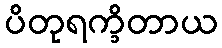
ပိတုရက္ခိတာယ